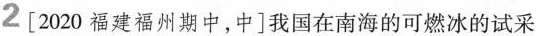
2[2020福建福州期中，中]我国在南海的可燃冰的试采